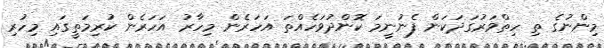
މިންނުގެ ތި ހިތްވަރުގަދަކަން ފެނުނީމަ ކޮންދުވަހެެއްތަ އަހަރެން މިހާރު އަހަރެން ކުރިމަތީގައި މިހުރި